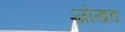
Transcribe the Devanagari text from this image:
जोखड